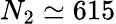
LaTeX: N_{2}\simeq 615